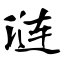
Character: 涟